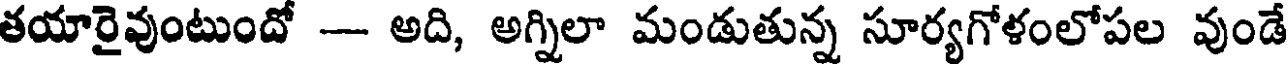
తయారైవుంటుందో -- అది, అగ్నిలా మండుతున్న సూర్యగోళంలోపల వుండే